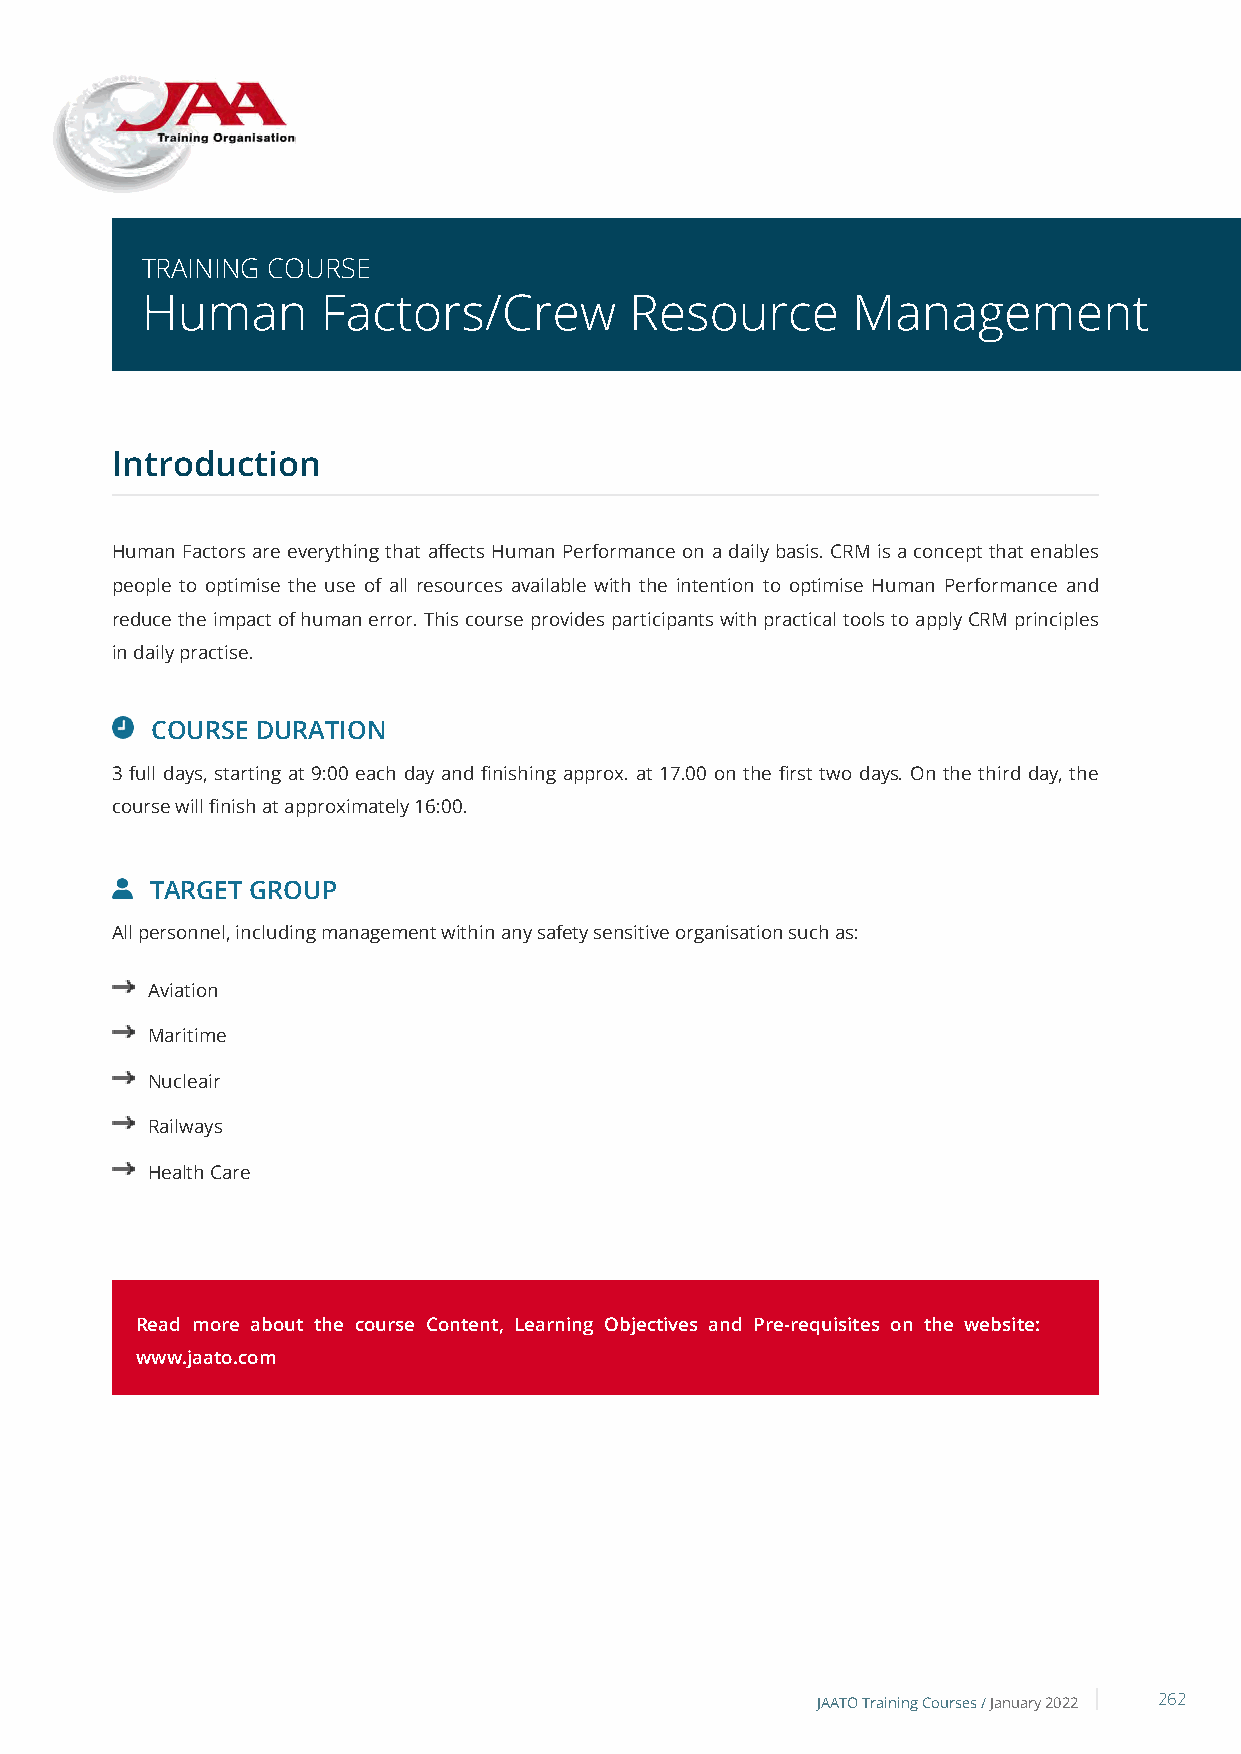
TRAINING COURSE
 Human       Factors/Crew         Resource      Management
 Introduction
 Human Factors are everything that affects Human Performance on a daily basis. CRM is a concept that enables
 people to optimise the use of all resources available with the intention to optimise Human Performance and
 reduce the impact of human error. This course provides participants with practical tools to apply CRM principles
 in daily practise.
 COURSE DURATION
 3 full days, starting at 9:00 each day and finishing approx. at 17.00 on the first two days. On the third day, the
 course will finish at approximately 16:00.
 TARGET GROUP
 All personnel, including management within any safety sensitive organisation such as:
 Aviation
 Maritime
 Nucleair
 Railways
 Health Care
 Read more about the course Content, Learning Objectives and Pre-requisites on the website:
 www.jaato.com
 JAATO Training Courses /January 2022 262